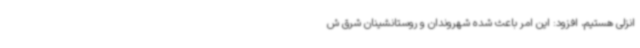
انزلی هستیم، افزود: این امر باعث شده شهروندان و روستانشینان شرق ش